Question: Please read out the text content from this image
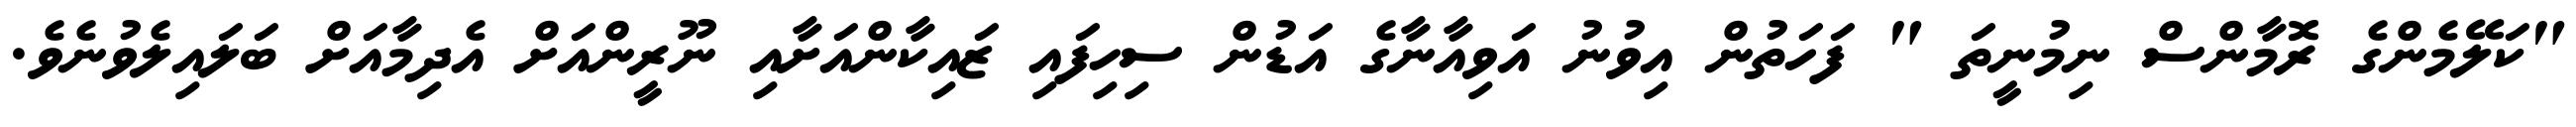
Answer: "ކަލޭމެންގެ ރޮމާންސް ނިމުނީތަ " ފަހަތުން އިވުނު އަވިއާނާގެ އަޑުން ސިހިފައި ޒައިކާންއަށާއި ނޫރީންއަށް އެދިމާއަށް ބަލައިލެވުނެވެ.